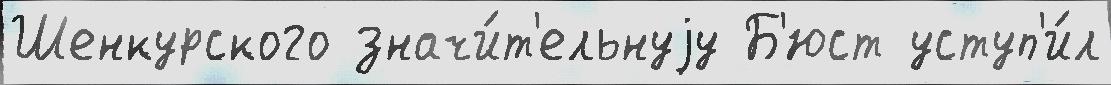
Шенкурского значи́т'ельнуjу Б'юст уступ'и́л